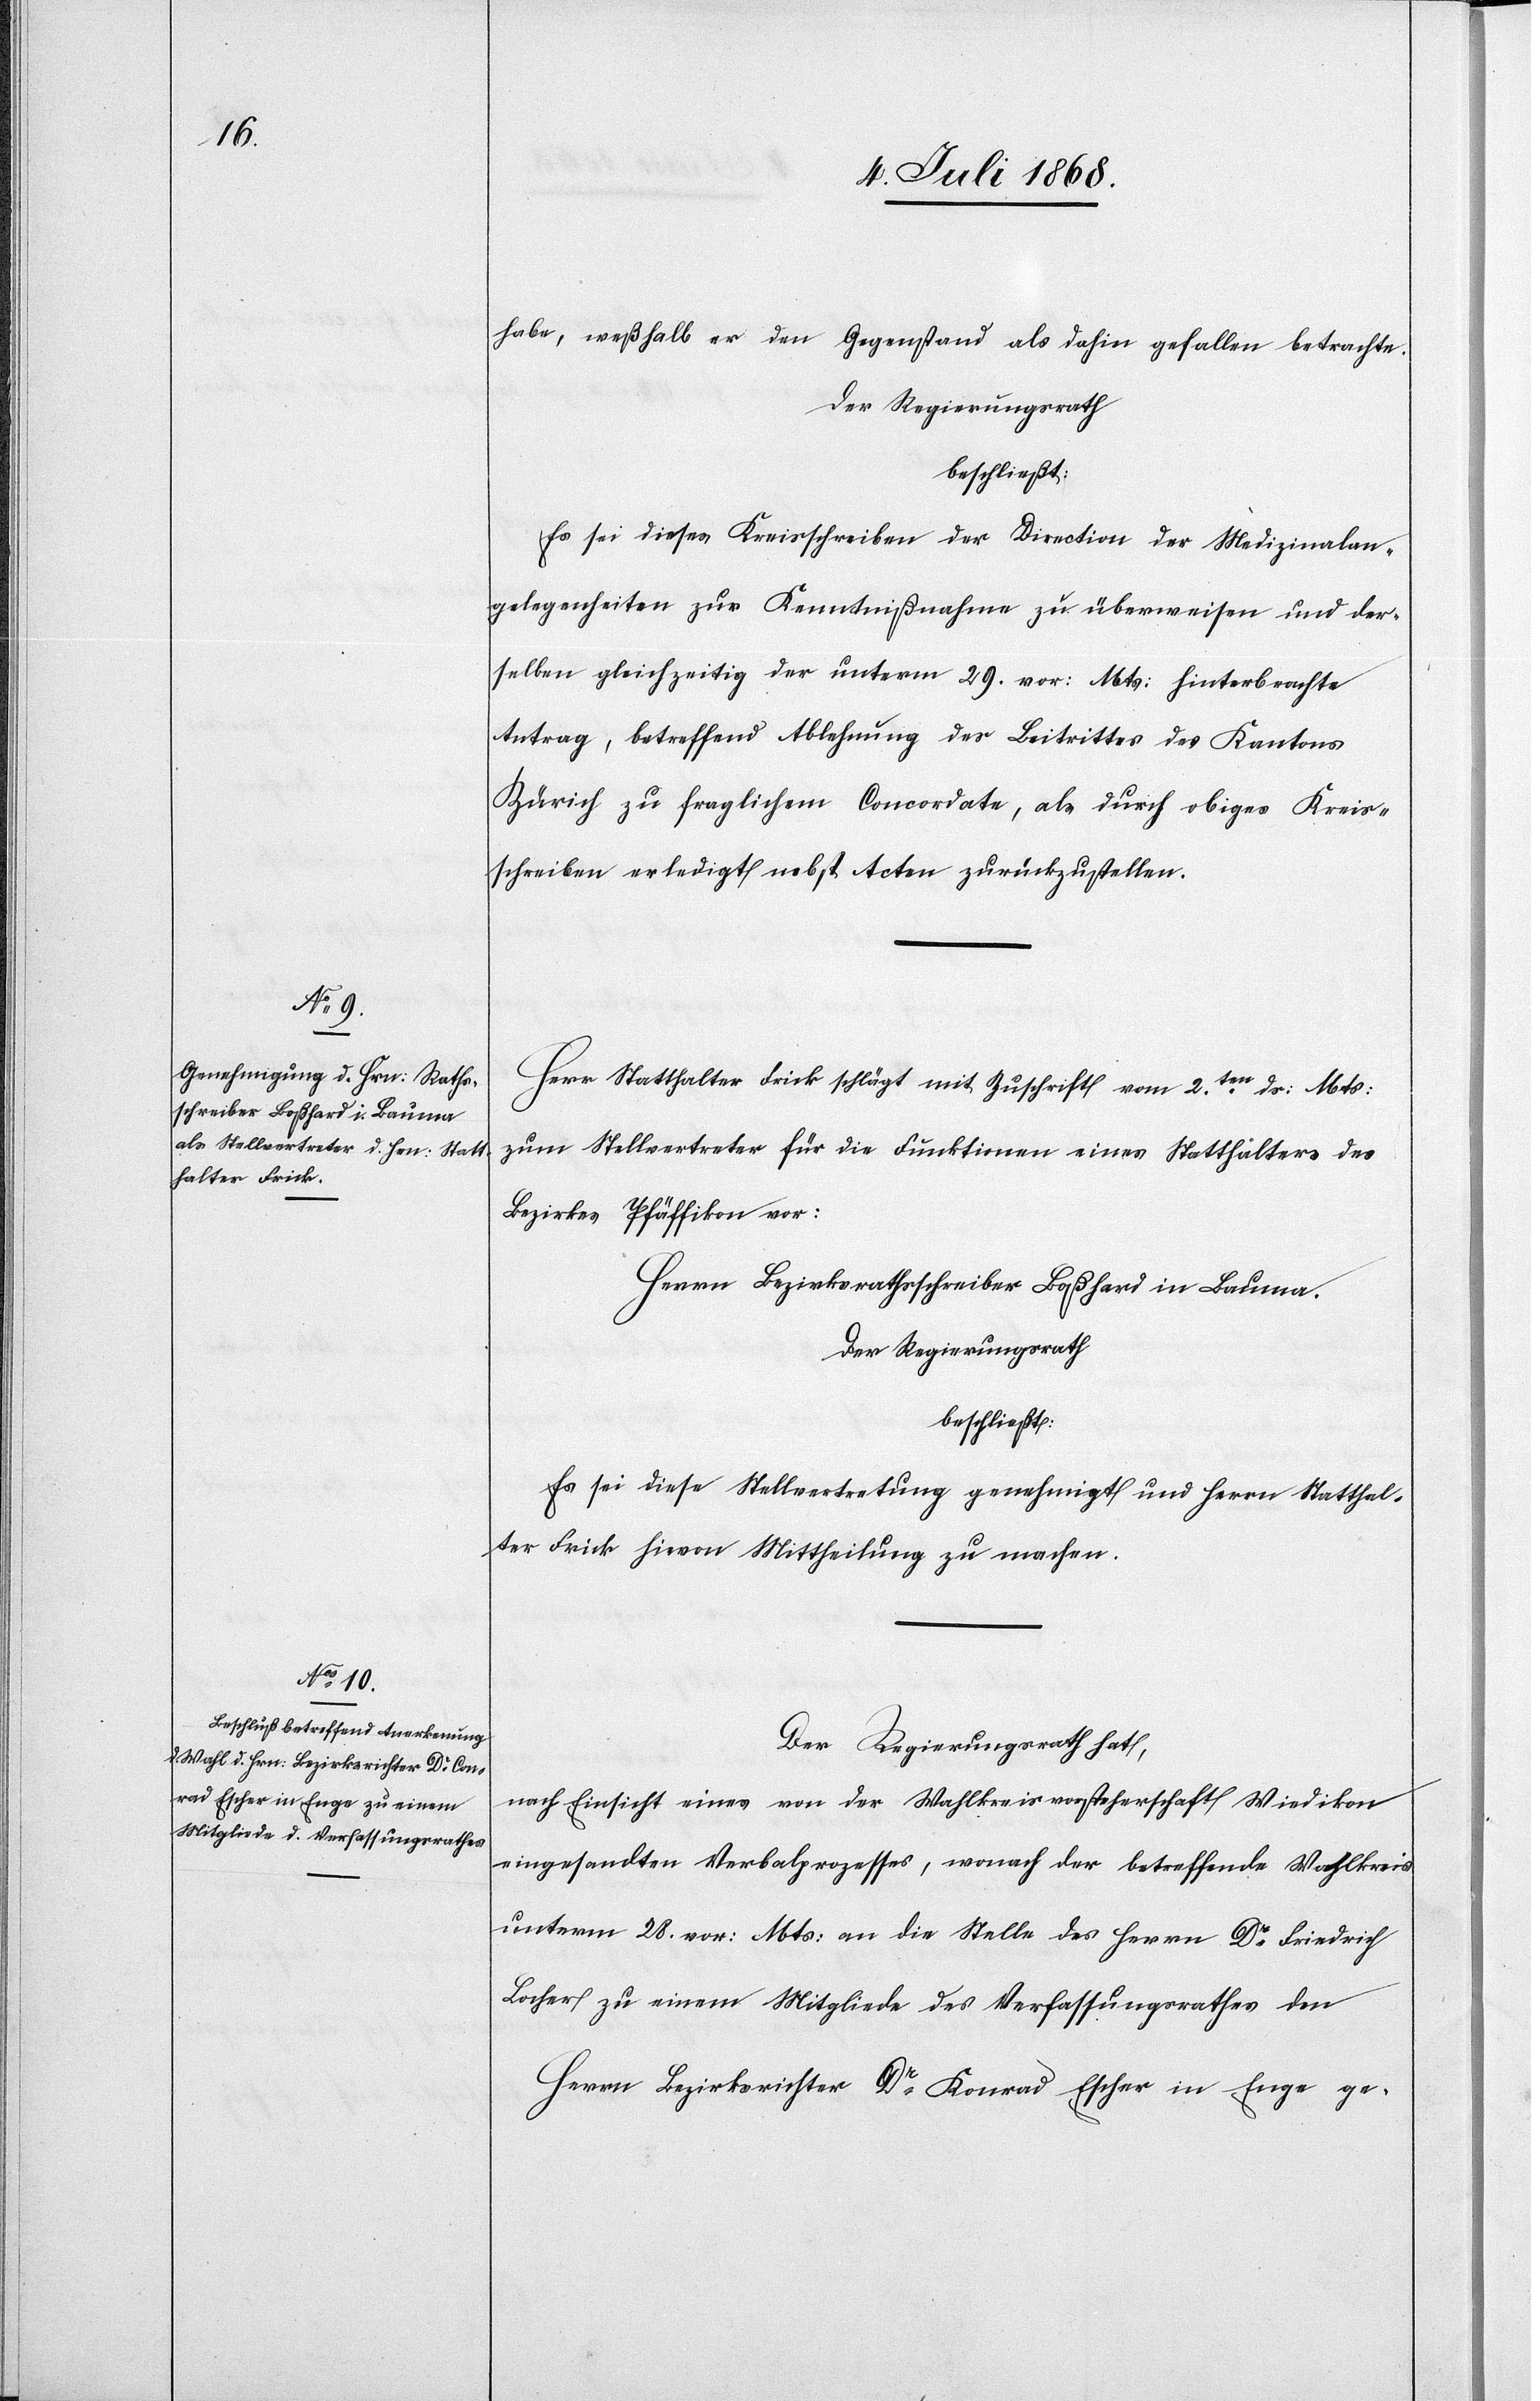
habe, weßhalb er den Gegenstand als dahin gefallen betrachte.
Der Regierungsrath
beschließt:
Es sei dieses Kreisschreiben der Direction der Medizinalan¬
gelegenheiten zur Kenntnißnahme zu überweisen und der¬
selben gleichzeitig der unterm 29. vor: Mts: hinterbrachte
Antrag, betreffend Ablehnung des Beitrittes des Kantons
Zürich zu fraglichem Concordate, als durch obiges Kreis¬
schreiben erledigt nebst Acten zurückzustellen.
Herr Statthalter Frick schlägt mit Zuschrift vom 2ten ds: Mts:
zum Stellvertreter für die Funktionen eines Statthalters des
Bezirkes Pfäffikon vor:
Herrn Bezirksrathsschreiber Boßhard in Bauma.
Der Regierungsrath
beschließt:
Es sei diese Stellvertretung genehmigt und Herrn Statthal¬
ter Frick hievon Mittheilung zu machen.
Der Regierungsrath hat,
nach Einsicht eines von der Wahlkreisvorsteherschaft Wiedikon
eingesandten Verbalprozesses, wonach der betreffende Wahlkreis
unterm 28. vor: Mts: an die Stelle des Herrn Dr Friedrich
Locher zu einem Mitgliede des Verfassungsrathes den
Herrn Bezirksrichter Dr Konrad Escher in Enge ge-